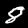
Label: 8